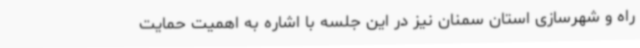
راه و شهرسازی استان سمنان نیز در این جلسه با اشاره به اهمیت حمایت